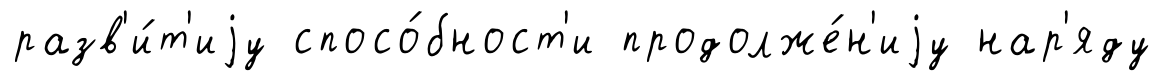
разв'и́т'иjу спосо́бност'и продолже́н'иjу нар'яду